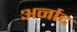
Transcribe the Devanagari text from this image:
अर्नाद